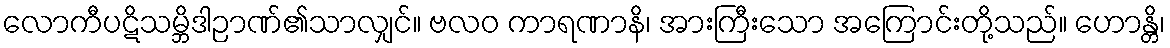
လောကီပဋိသမ္ဘိဒါဉာဏ်၏သာလျှင်။ ဗလဝ ကာရဏာနိ၊ အားကြီးသော အကြောင်းတို့သည်။ ဟောန္တိ၊